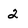
Character: 2